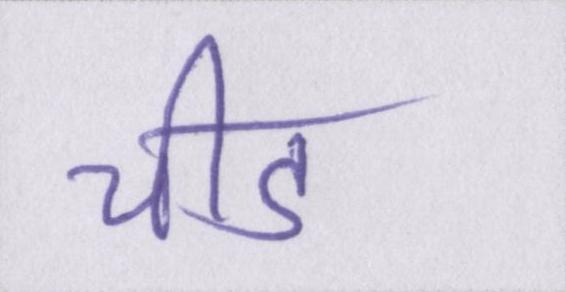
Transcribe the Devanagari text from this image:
चीड